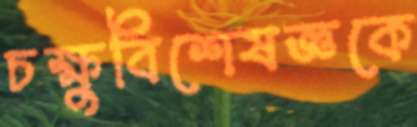
চক্ষুবিশেষজ্ঞকে